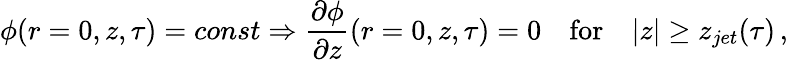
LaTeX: \phi(r=0,z,\tau)=const\Rightarrow\frac{\partial\phi}{\partial z}(r=0,z,\tau)=0\quad\mathrm{for}\quad|z|\geq z_{jet}(\tau)\, ,